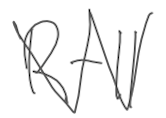
Text: R-11
Cross-out: zig-zag
Writing tool: digital_gray